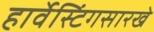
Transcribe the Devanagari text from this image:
हार्वेस्टिंगसारखे